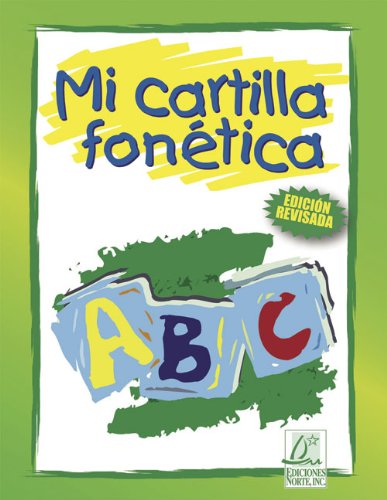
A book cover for Mi cartilla fonÃ©tica (Spanish Edition); Reference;